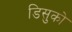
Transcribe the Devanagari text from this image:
डिसुको